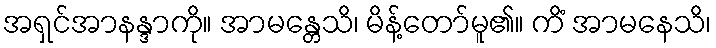
အရှင်အာနန္ဒာကို။ အာမန္တေသိ၊ မိန့်တော်မူ၏။ ကိံ အာမနေသိ၊